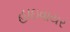
હાઇવાયર